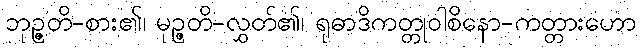
ဘုဉ္ဇတိ-စား၏၊ မုဉ္ဇတိ-လွှတ်၏၊ ရုဓာဒိကတ္တုဝါစိနော-ကတ္တားဟော